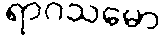
ရာဂသမော